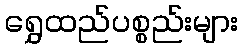
ရွှေထည်ပစ္စည်းများ